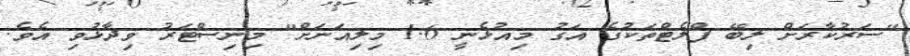
"ސަރުކާރަށް ލިބޭ ފްލެޓްތަކުގެ އަގު މިއުޅެނީ 1.6 މިލިއަނަށް" މިނިސްޓަރު ވިދާޅުވި އެވެ.